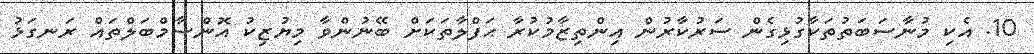
10. އެކި މުނާސަބަތުތަކާގުޅިގެން ސަރުކާރުން އިންތިޒާމުކުރާ ޙަފްލާތަކަށް ބޭނުންވާ މިޔުޒިކު އޮންސާމްބަލްތައް ރަނގަޅު